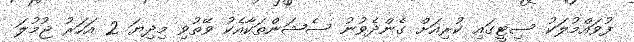
ފުވައްމުލަކު ސިޓީގައި ކުރިއަށް ގެންދެވުނު ސެޝަންތަކާއެކު ވޭތުވި މިދިޔަ 2 އަހަރު ޖުމުލަ